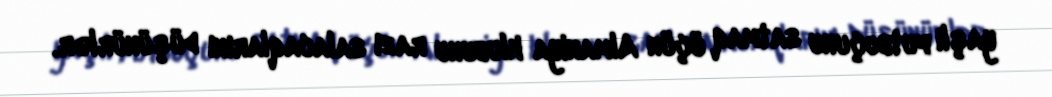
yaşlı futboçunu satmaq üçün Almaniya klubunu razı salacaqlarını düşünürlər.